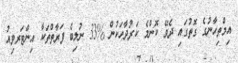
އިމްތިޙާނުގެ ގޮތުގައި ދެވޭ ކޮންމެ ކަރުދާހަކުން %33 ނުލިބެ ފަރާތްތަކާ އިންޓަރވިއު